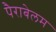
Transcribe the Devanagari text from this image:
पैराबेलम